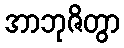
အာဘုဇိတွာ